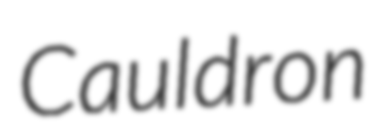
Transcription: Cauldron